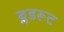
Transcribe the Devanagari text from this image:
ब्लडरूट